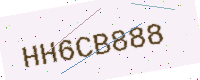
Text: HH6CB888